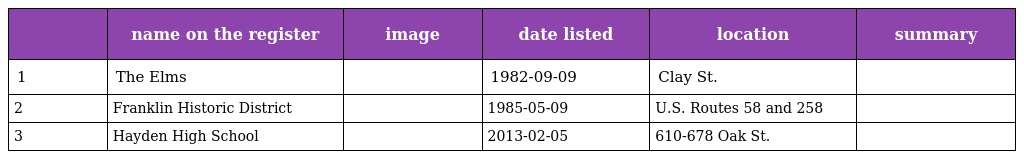
|  | name on the register | image | date listed | location | summary |
 | --- | --- | --- | --- | --- | --- |
 | 1 | The Elms |  | 1982-09-09 | Clay St. |  |
 | 2 | Franklin Historic District |  | 1985-05-09 | U.S. Routes 58 and 258 |  |
 | 3 | Hayden High School |  | 2013-02-05 | 610-678 Oak St. |  |